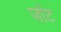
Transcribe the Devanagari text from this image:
जोंट